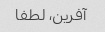
آفرین، لطفا